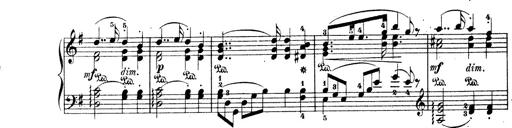
Title: Wagner-Liszt Album
Composer: Franz Liszt